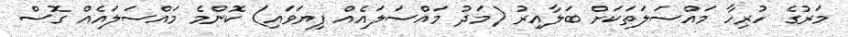
މަރުގެ ހުރިހާ މައްސަލަތަކަށް ބަލާއިރު (މަދު މައްސަލައެއް ފިޔަވައި) ކޮންމެ މައްސަލައެއް ގޮސް